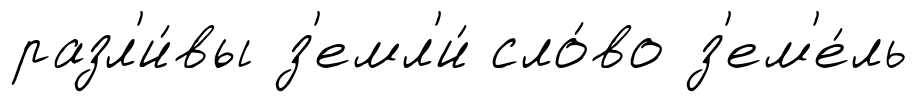
разл'и́вы з'емл'и́ сло́во з'ем'е́ль